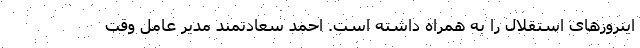
اینروزهای استقلال را به همراه داشته است. احمد سعادتمند مدیر عامل وقت